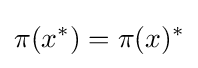
\pi (x^{*})=\pi (x)^{*}